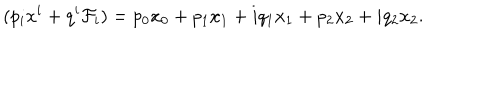
LaTeX: ( p _ { i } x ^ { i } + q ^ { i } \mathcal { F } _ { i } ) = p _ { 0 } x _ { 0 } + p _ { 1 } x _ { 1 } + i q _ { 1 } x _ { 1 } + p _ { 2 } x _ { 2 } + i q _ { 2 } x _ { 2 } .